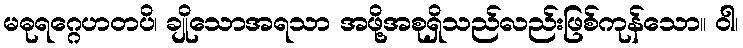
မဓုရဂ္ဂေဟတပိ၊ ချိုသောအရသာ အဖို့အစုရှိသည်လည်းဖြစ်ကုန်သော။ ဝါ၊